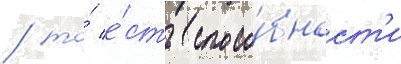
/ то́ е́сть спосо́бност'и